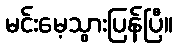
မင်းမေ့သွားပြန်ပြီ။